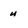
Character: u